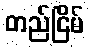
တည်ငြိမ်